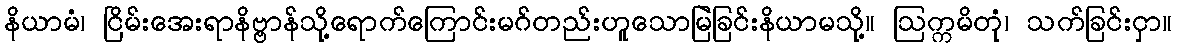
နိယာမံ၊ ငြိမ်းအေးရာနိဗ္ဗာန်သို့ရောက်ကြောင်းမဂ်တည်းဟူသောမြဲခြင်းနိယာမသို့။ ဩက္ကမိတုံ၊ သက်ခြင်းငှာ။